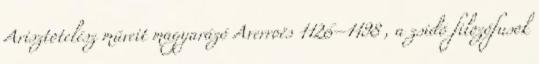
Arisztotelész műveit magyarázó Averroës 1126–1198 , a zsidó filozófusok